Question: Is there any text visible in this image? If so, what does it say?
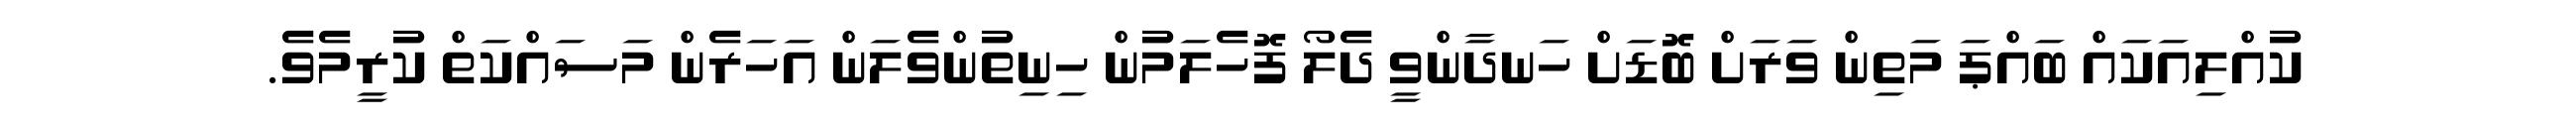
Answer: ކުއްލިއަކައް ބައްޕަ މަތިން ވަރަށް ބޮޑަށް ހަނދާންވީ ދެލޯ ފޮހެލަމުން ހިނިތުންވެލަން އަހަރެން މަސައްކަތް ކުރީމެވެ.